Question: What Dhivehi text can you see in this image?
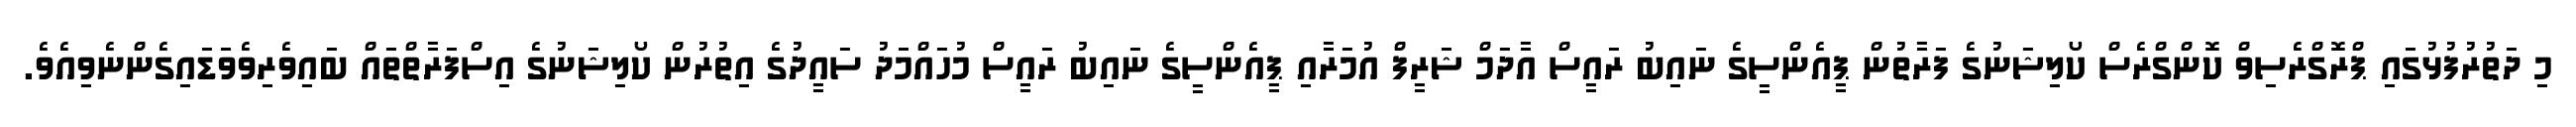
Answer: މި ދަތުރުފުޅުގައި ޕްރޮގްރެސިވް ކޮންގްރެސް ކޯލިޝަނުގެ ފަރާތުން ޕީއެންސީގެ ނައިބު ރައީސް އާދަމް ޝަރީފް އުމަރާއި ޕީއެންސީގެ ނައިބު ރައީސް މުހައްމަދު ސައީދުގެ އިތުރުން ކޯލިޝަނުގެ އިސްފަރާތްތައް ބައިވެރިވެވަޑައިގެންނެވިއެވެ.